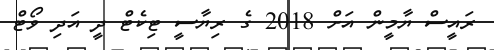
ރައީސް ޔާމީން އަށް 2018 ގެ ރިޔާސީ ޓިކެޓް ދީ އަދި ވޯޓް